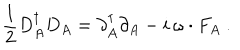
LaTeX: \frac 1 2 D _ { A } ^ { \dagger } D _ { A } = \partial _ { A } ^ { \dagger } \partial _ { A } - i \, \omega \cdot F _ { A } \ .